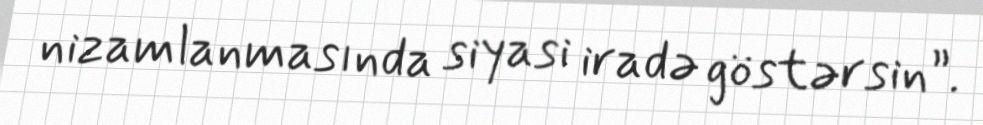
nizamlanmasında siyasi iradə göstərsin”.